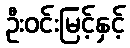
ဦးဝင်းမြင့်နှင့်